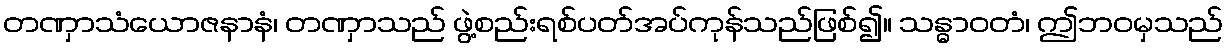
တဏှာသံယောဇနာနံ၊ တဏှာသည် ဖွဲ့စည်းရစ်ပတ်အပ်ကုန်သည်ဖြစ်၍။ သန္ဓာဝတံ၊ ဤဘဝမှသည်